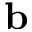
{ \bf b }